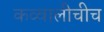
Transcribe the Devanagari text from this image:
कव्वालीचीच